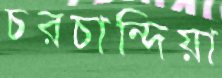
চরচান্দিয়া